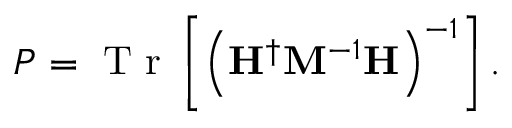
P = \mathrm { ~ T ~ r ~ } \left[ \left( \mathbf { H } ^ { \dagger } \mathbf { M } ^ { - 1 } \mathbf { H } \right) ^ { - 1 } \right] .